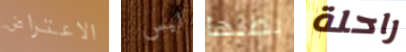
الاعتراض ليس بطنها راحلة